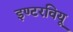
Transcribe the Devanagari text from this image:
इण्टरवियू